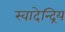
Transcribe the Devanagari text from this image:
स्वादेन्द्रिय